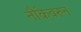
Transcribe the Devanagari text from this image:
नौकेवरुन